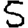
Digit: 5